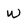
Character: W